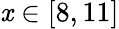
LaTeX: \mathit{x}\in\left[8,11\right]